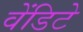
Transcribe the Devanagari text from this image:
वेंडिटे